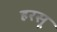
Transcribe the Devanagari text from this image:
हरसू